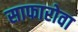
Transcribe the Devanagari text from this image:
साफारोवा